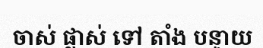
ចាស់ ផ្លាស់ ទៅ តាំង បន្ទាយ